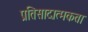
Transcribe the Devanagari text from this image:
प्रतिसादात्मकता